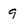
Character: 9